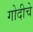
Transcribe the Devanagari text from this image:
गोदीचे